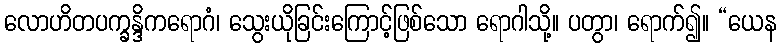
လောဟိတပက္ခန္ဒိကရောဂံ၊ သွေးယိုခြင်းကြောင့်ဖြစ်သော ရောဂါသို့။ ပတွာ၊ ရောက်၍။ “ယေန